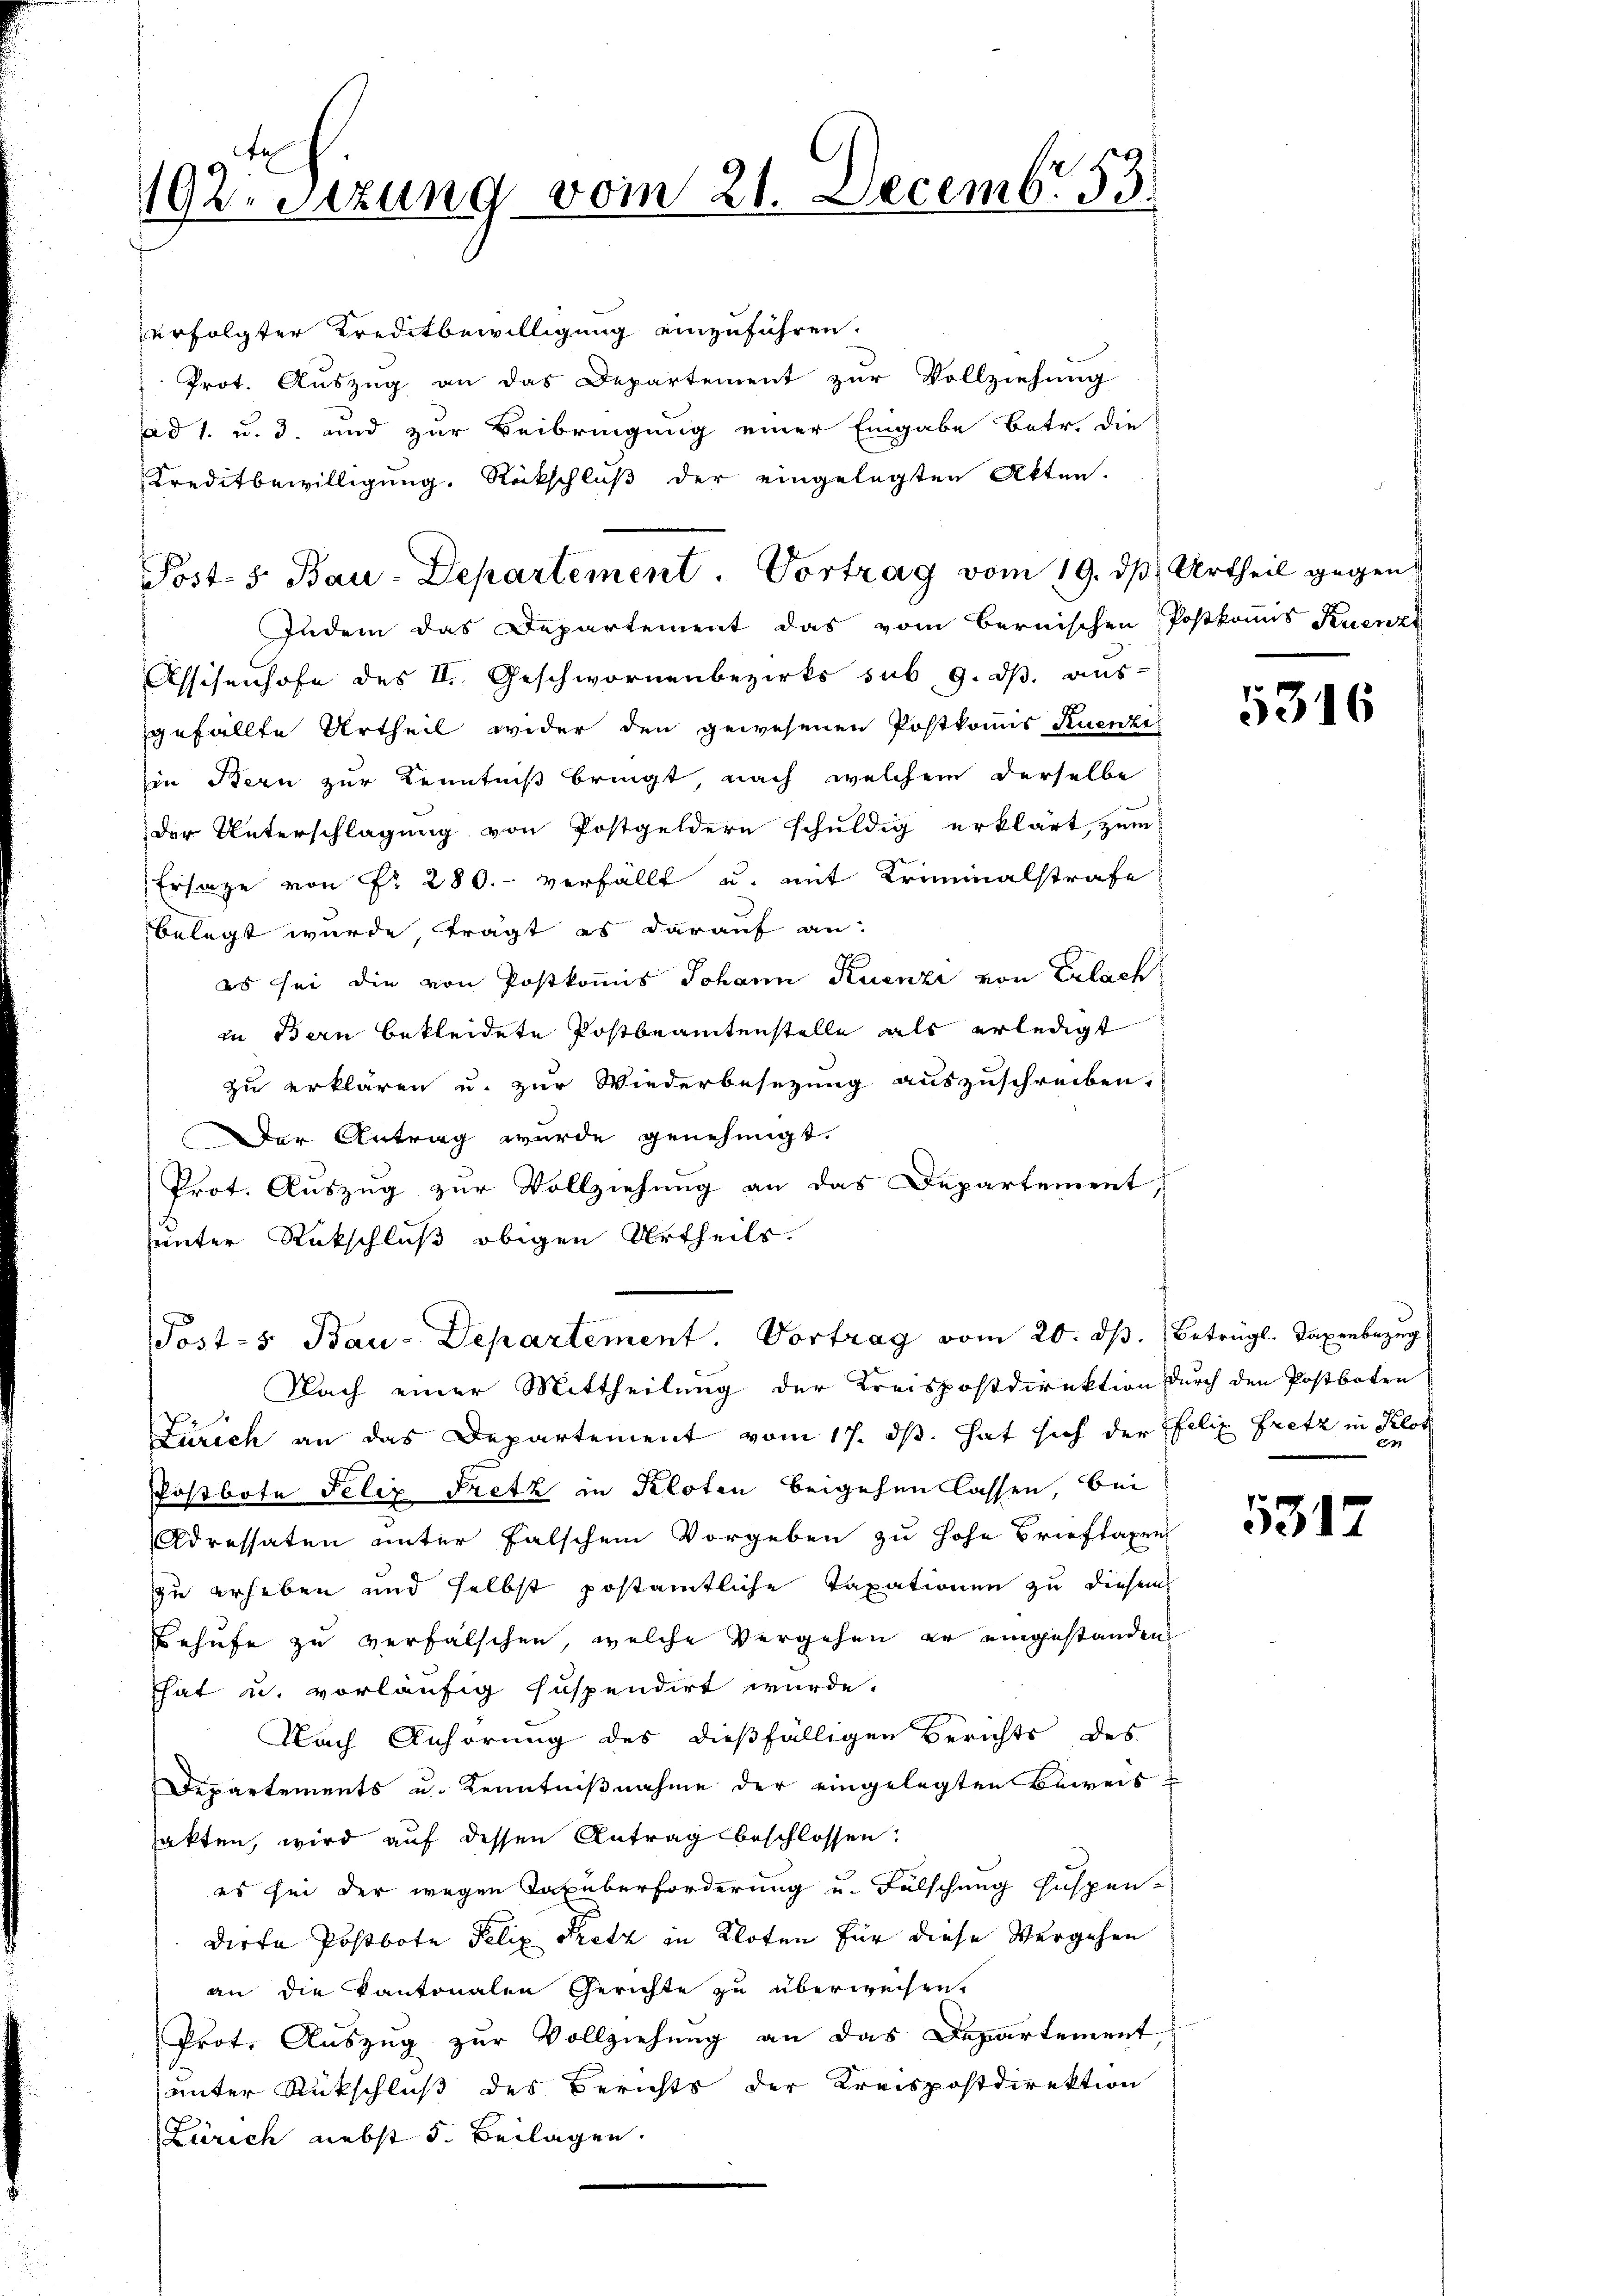
192 Sizung vom 21. Decembr. 13

erfolgter Kreditbewilligung einzuführen.
Prot. Auszug an das Departement zur Vollziehung
ad 1. u. 3. und zur Beibringung einer Eingabe betr. die
Kreditbewilligung. Rückschluß der eingelegten Akten.
Indem das Departement das vom Bernischen Postkanns Ruenz
Assisenhofe des II. Geschwornenbezirks sub. 9. ds. aus-
gefällte Urtheil wider den gewesenen Postkommis Ruenzei
in Bern zur Kenntniß bringt, nach welchem derselbe
der Unterschlagung von Postgeldern schŭldig erklärt zŭm
Ersage von Fr. 280. verfällt u. mit Kriminalstrafe
belegt wurde, trägt es darauf an:
es sei die von Postkommis Johann Ruenzi von Erlach
in Bern bekleidete Postbeamtenstelle als erledigt
zu erklären u. zur Wiederbesezung auszuschreiben.
Der Antrag wurde genehmigt.
Prot. Auszug zur Vollziehung an das Departement,
unter Rückschluß obigen Urtheils.
Posts Bau-Departement. Vortrag vom 20. ds. betrügl. Taxenbezug
Nach einer Mittheilung der Kreispostdirektion durch den Postboten
Zürich an das Departement vom 17. ds hat sich der Felix Fritz in Klot
Postbote Felix Pretz in Kloten beigehen lassen, bei
Adressaten unter falschem Vorgeben zu hohe Brieftaxen
zu erheben und selbst postamtliche Taxationen zu diesem
Behufe zu verfälschen, welche Vergehen er eingestanden
That u. vorläufig suspendirt wurde.
Nach Anhörung des dießfälligen Berichts des
Departements u. Kenntnißnahme der eingelegten Beweis
sakten, wird auf dessen Antrag beschlossen:
es sei der wegen Taxüberforderung u. Fälschung suspen-
dirte Postbote Felix Pretz in Kloten für diese Vergehen
an die Kantonalen Gerichte zu überweisen.
Prot. Auszug zur Vollziehung an das Departement,
unter Rückschluß des Berichts der Kreispostdirektion
Zürich nebst 5. Beilagen.

Post- 5. Bau-Departement. Vortrag vom 19. dβ. Urtheil gegen

5316

5317